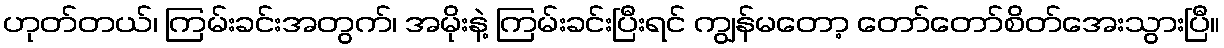
ဟုတ်တယ်၊ ကြမ်းခင်းအတွက်၊ အမိုးနဲ့ ကြမ်းခင်းပြီးရင် ကျွန်မတော့ တော်တော်စိတ်အေးသွားပြီ။